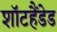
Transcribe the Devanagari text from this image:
शॉटहैंडेड